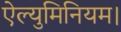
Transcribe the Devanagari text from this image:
ऐल्युमिनियम।